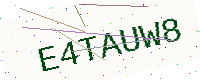
Text: E4TAUW8